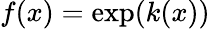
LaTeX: f(x)=\exp(k(x))